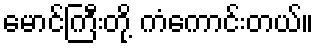
မောင်ကြီးတို့ ကံကောင်းတယ်။